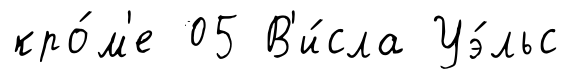
кро́м'е 05 В'и́сла Уэ́льс